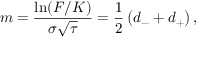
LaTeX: m = { \frac { \ln ( F / K ) } { \sigma { \sqrt { \tau } } } } = { \frac { 1 } { 2 } } \left( d _ { - } + d _ { + } \right) ,